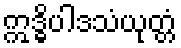
ဣဒ္ဓိပါဒသံယုတ္တံ